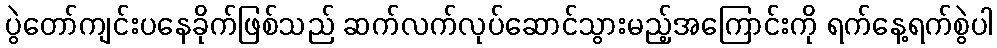
ပွဲတော်ကျင်းပနေခိုက်ဖြစ်သည် ဆက်လက်လုပ်ဆောင်သွားမည့်အကြောင်းကို ရက်နေ့ရက်စွဲပါ